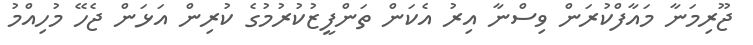
ޖޫރިމަނާ މައާފްކުރަން ވިސްނާ އިރު އެކަން ތަންފީޒުކުރުމުގެ ކުރިން އަޅަން ޖެހޭ މުހިއްމު